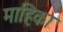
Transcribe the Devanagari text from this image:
माहिका